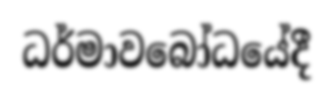
ධර්මාවබෝධයේදී